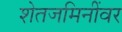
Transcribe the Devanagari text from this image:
शेतजमिनींवर